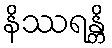
နိဿရန္တိ